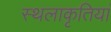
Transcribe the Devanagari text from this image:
स्थलाकृतियां